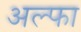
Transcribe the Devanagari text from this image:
अल्‍फा